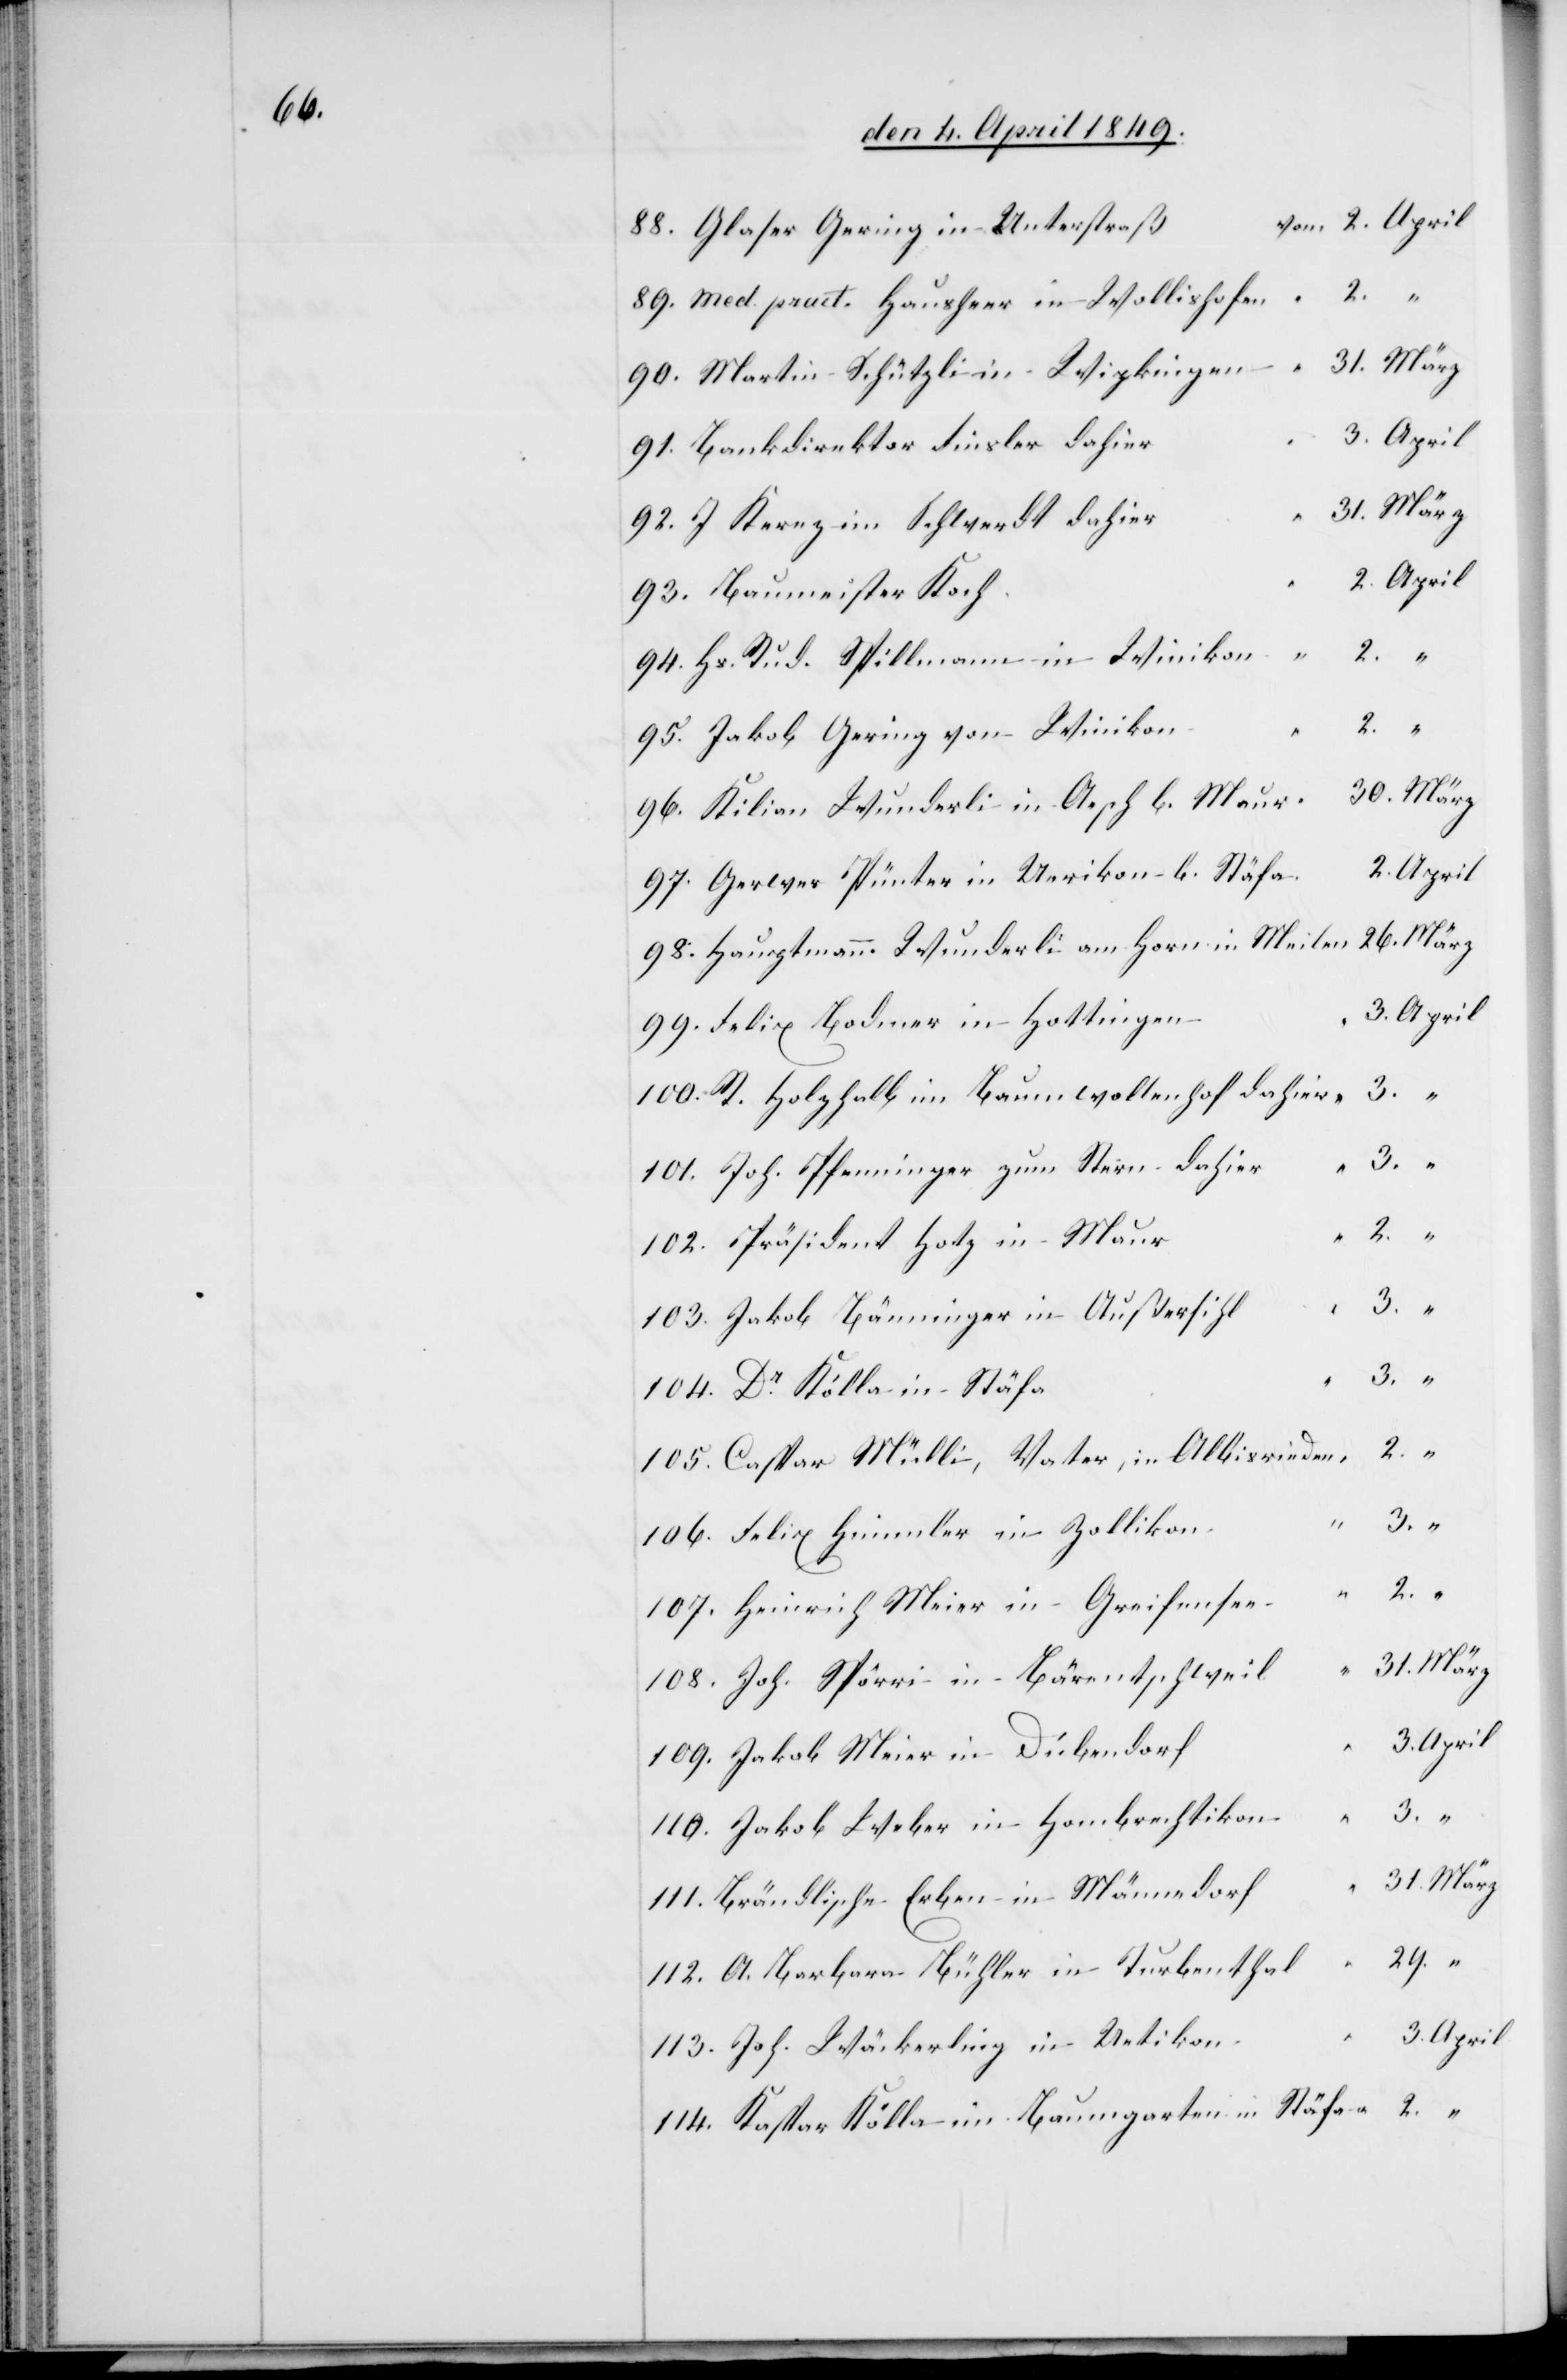
104.

88. Glaser Gering in Unterstraß	v¬
89. Med. pract. Hausheer in Wollishofe¬
90. Martin Schützli in Wipkingen	“	31.	März
91. Bankdirektor Finsler dahie¬
92. J. Kernz im Schwerdt dahie¬
93. Baumeister
l	“	29.		“
94. Hs. Rud. Spillmann in Winikon
95. Jakob Gering von Winiko¬
f	“	31.	März
96. Kilian Wunderli in Aesch b.
97. Gerwer Spünter in Uerikon b. Stäf¬
98. Hauptmann Wunderli am Horn in Meilen	“	26.	März
n	“	3.	April
99. Felix Bodmer in Hottinge¬
100. R. Holzhalb im Baumwollenhof dahie¬
Dr.
101. Joh. Pfenninger zum Stern dahier
102. Präsident Hotz in
103. Jakob Bänninger in Außersih¬
105. Caspar Mülli, Vater, in Albisriede¬
106. Felix Himmler in Zolliko¬
o¬
107. Heinrich Meier in Greifense¬
108. Joh. Spörri in Bärentschwei¬
109. Jakob Meier in Dübendor¬
110. Jakob Weber in Hombrechtiko¬
111. Brändlische Erben in Männedor¬
112. A. Barbara Bühler in Turbentha¬
a	“	2.	April
113. Joh. Wäckerling in Uetiko¬
114. Kaspar Kölla im Baumgarten in Stäfa	“	2.		“